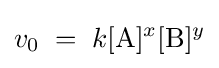
v_{0}\;=\;k[\mathrm {A} ]^{x}[\mathrm {B} ]^{y}